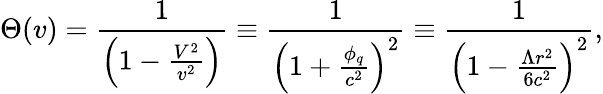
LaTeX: \Theta(v)=\frac{1}{\left(1-\frac{V^{2}}{v^{2}}\right)}\equiv\frac{1}{\left(1+\frac{\phi_{q}}{c^{2}}\right)^{2}}\equiv\frac{1}{\left(1-\frac{\Lambda r^{2}}{6c^{2}}\right)^{2}},